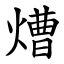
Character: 㷮